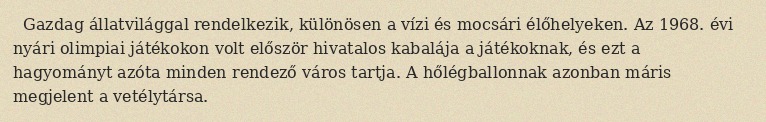
Gazdag állatvilággal rendelkezik, különösen a vízi és mocsári élőhelyeken. Az 1968. évi nyári olimpiai játékokon volt először hivatalos kabalája a játékoknak, és ezt a hagyományt azóta minden rendező város tartja. A hőlégballonnak azonban máris megjelent a vetélytársa.